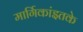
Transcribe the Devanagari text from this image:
मार्गिकांइतके